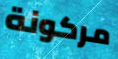
مركونة